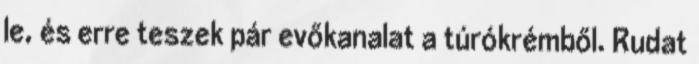
le, és erre teszek pár evőkanalat a túrókrémből. Rudat